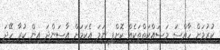
ކުރުމަށް ހާއްސަ މަސައްކަތްތަކެއް ކޮށްފި ނަމަ އެކަމަށް އާސަންދަ އިން ކުރާ ހޭދަ